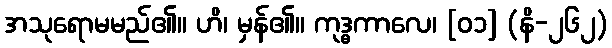
အသုရောမမည်၏။ ဟိ၊ မှန်၏။ ကုဒ္ဓကာလေ၊ [၀၁] (နိ-၂၆၂)